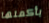
بأكملها